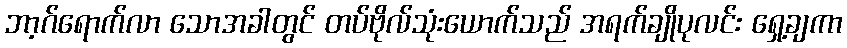
ဘာ့ဂ်ရောက်လာ သောအခါတွင် တပ်ဗိုလ်သုံးယောက်သည် အရက်ချိုပုလင်း ရှေ့ချကာ